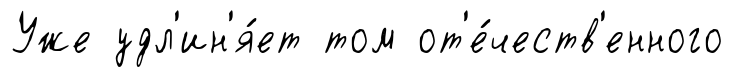
Уже удл'ин'я́ет том от'е́честв'енного